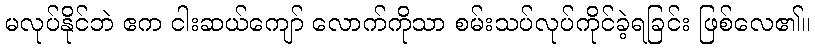
မလုပ်နိုင်ဘဲ ဧက ငါးဆယ်ကျော် လောက်ကိုသာ စမ်းသပ်လုပ်ကိုင်ခဲ့ရခြင်း ဖြစ်လေ၏။